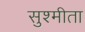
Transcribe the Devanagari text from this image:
सुश्मीता